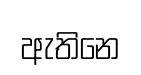
ඇතිනෙ